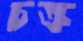
চক্র